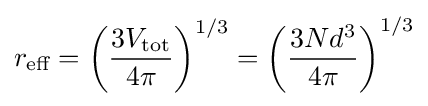
r_{\text{eff}}=\left({\frac {3V_{\text{tot}}}{4\pi }}\right)^{1/3}=\left({\frac {3Nd^{3}}{4\pi }}\right)^{1/3}